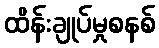
ထိန်းချုပ်မှုစနစ်